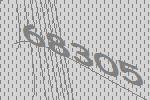
68305